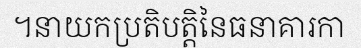
។នាយកប្រតិបត្តិនៃធនាគារកា